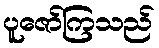
ပူဇော်ကြသည်